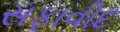
સફાવીદ